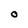
Character: O